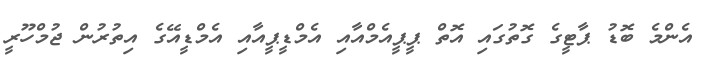
އެންމެ ބޮޑު ޕާޓީގެ ގޮތުގައި އޮތް ޕީޕީއެމްއާއި އެމްޑީޕީއާއި އެމްޑީއޭގެ އިތުރުން ޖުމްހޫރީ